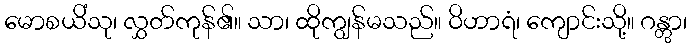
မောစယိံသု၊ လွှတ်ကုန်၏။ သာ၊ ထိုကျွန်မသည်။ ဝိဟာရံ၊ ကျောင်းသို့။ ဂန္တွာ၊